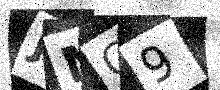
Text: JMG9